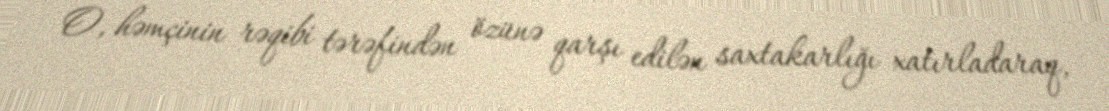
O, həmçinin rəqibi tərəfindən özünə qarşı edilən saxtakarlığı xatırladaraq,